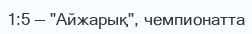
1:5 — "Айжарық", чемпионатта